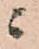
ニ